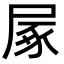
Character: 㞘